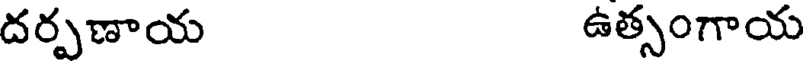
దర్పణాయ ఉత్సంగాయ